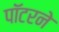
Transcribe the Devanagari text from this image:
पॉटरने